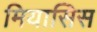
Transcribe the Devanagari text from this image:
मियासिस